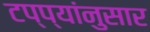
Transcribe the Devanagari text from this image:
टप्प्यांनुसार